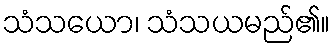
သံသယော၊ သံသယမည်၏။